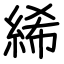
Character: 絺